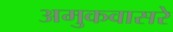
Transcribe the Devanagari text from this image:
अमुकवासरे